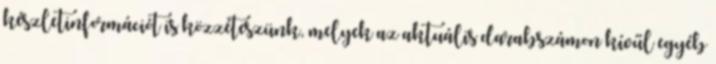
készletinformációt is közzéteszünk, melyek az aktuális darabszámon kívűl egyéb